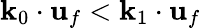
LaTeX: \mathbf{k}_{0}\cdot\mathbf{u}_{f}<\mathbf{k}_{1}\cdot\mathbf{u}_{f}